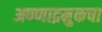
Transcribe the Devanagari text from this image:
अण्णाद्रमुकचा